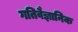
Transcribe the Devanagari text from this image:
गतिवैज्ञानिक